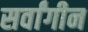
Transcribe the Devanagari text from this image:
सर्वांगीन